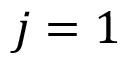
j = 1